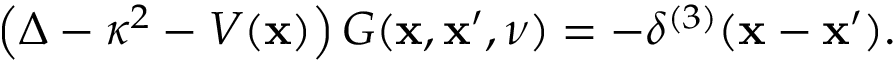
\left( \Delta - \kappa ^ { 2 } - { \cal V } ( { \bf x } ) \right) { \cal G } ( { \bf x } , { \bf x } ^ { \prime } , \nu ) = - \delta ^ { ( 3 ) } ( { \bf x } - { \bf x } ^ { \prime } ) .